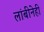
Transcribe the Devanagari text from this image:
लांबीनेही